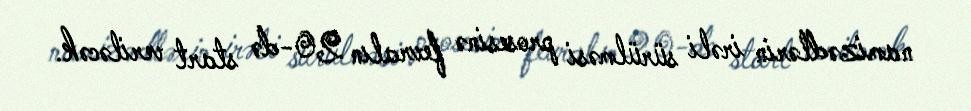
namizədlərin irəli sürülməsi prosesinə fevralın 20-də start veriləcək.